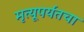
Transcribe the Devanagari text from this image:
मृत्यूपर्यंतचा